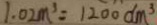
1 . 0 2 m ^ { 3 } = 1 2 0 0 d m ^ { 3 }